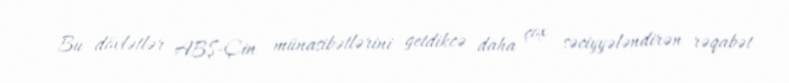
Bu dövlətlər ABŞ-Çin münasibətlərini getdikcə daha çox səciyyələndirən rəqabət